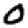
Digit: 0